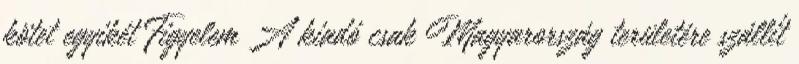
kötet egyikét Figyelem A kiadó csak Magyarország területére szállít